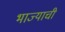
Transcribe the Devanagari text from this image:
भाज्याची